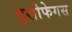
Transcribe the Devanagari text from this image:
इसोफेगस